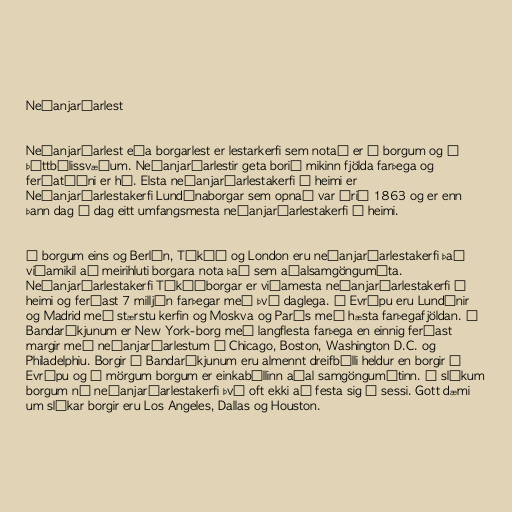
Neðanjarðarlest

Neðanjarðarlest eða borgarlest er lestarkerfi sem notað er í borgum og á
þéttbýlissvæðum. Neðanjarðarlestir geta borið mikinn fjölda farþega og
ferðatíðni er há. Elsta neðanjarðarlestakerfi í heimi er
Neðanjarðarlestakerfi Lundúnaborgar sem opnað var árið 1863 og er enn
þann dag í dag eitt umfangsmesta neðanjarðarlestakerfi í heimi.

Í borgum eins og Berlín, Tókýó og London eru neðanjarðarlestakerfi það
viðamikil að meirihluti borgara nota það sem aðalsamgöngumáta.
Neðanjarðarlestakerfi Tókýóborgar er viðamesta neðanjarðarlestakerfi í
heimi og ferðast 7 milljón farþegar með því daglega. Í Evrópu eru Lundúnir
og Madrid með stærstu kerfin og Moskva og París með hæsta farþegafjöldan. Í
Bandaríkjunum er New York-borg með langflesta farþega en einnig ferðast
margir með neðanjarðarlestum í Chicago, Boston, Washington D.C. og
Philadelphiu. Borgir í Bandaríkjunum eru almennt dreifbýlli heldur en borgir í
Evrópu og í mörgum borgum er einkabíllinn aðal samgöngumátinn. Í slíkum
borgum ná neðanjarðarlestakerfi því oft ekki að festa sig í sessi. Gott dæmi
um slíkar borgir eru Los Angeles, Dallas og Houston.